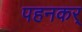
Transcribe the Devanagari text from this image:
पहनकर्